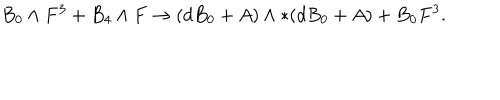
LaTeX: B _ { 0 } \wedge F ^ { 3 } + B _ { 4 } \wedge F \to ( d B _ { 0 } + A ) \wedge * ( d B _ { 0 } + A ) + B _ { 0 } F ^ { 3 } .